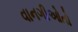
વાનગીઓતો